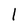
Character: 1